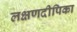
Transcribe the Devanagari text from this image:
लक्षणदीपिका